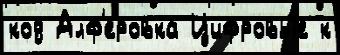
код Алф'еровка Цифровы́е к